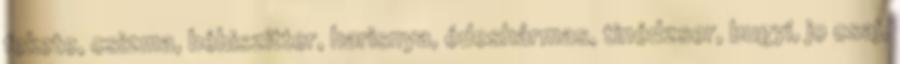
fekete, csizma, bébiszitter, harisnya, édeshármas, tinédzser, bugyi, jo csaj,